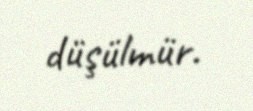
düşülmür.